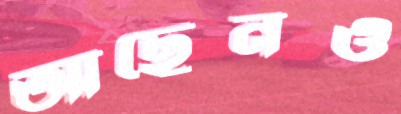
আছেনও